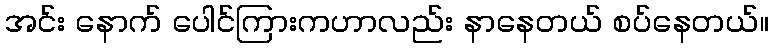
အင်း နောက် ပေါင်ကြားကဟာလည်း နာနေတယ် စပ်နေတယ်။